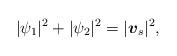
\begin{align*}\lvert \psi_{1}\rvert ^{2} + \lvert \psi_{2}\rvert ^{2}=\lvert \mbox{\mathversion{bold}$v$}_{s}\rvert ^{2},\end{align*}